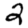
Digit: 2